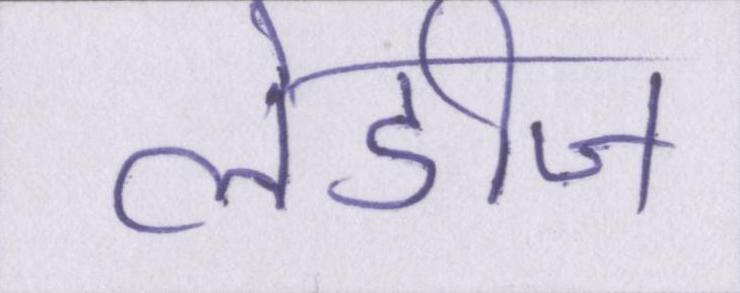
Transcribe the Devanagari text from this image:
लेडीज